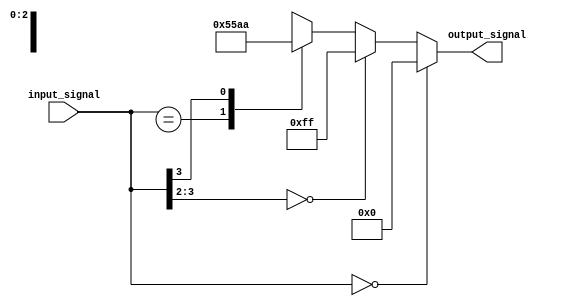
module casez_example(
    input [3:0] input_signal,
    output reg [7:0] output_signal
);

always @(*)
begin
    casez(input_signal)
        4'b0000: output_signal <= 8'b00000000;
        4'b00??: output_signal <= 8'b11111111;
        4'b0XXX: output_signal <= 8'b01010101;
        4'b1???: output_signal <= 8'b10101010;
        default: output_signal <= 8'b00000000;
    endcase
end

endmodule